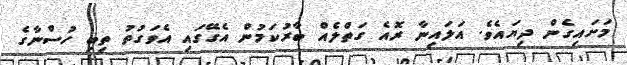
މަށައިގެން ދިޔައެވެ. އަލައިނާ ރޮއެ ގަތްލެއް ބާރުކަމުން އެގޭގައި އެވަގުތު ތިބި ހުސްނާގެ